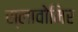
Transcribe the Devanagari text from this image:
स्लावोमिर